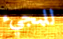
للمجيء